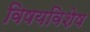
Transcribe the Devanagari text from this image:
विषयविशेष